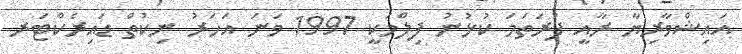
އައިޝްވާރިޔާ ރާއީ ފުރަތަމަ ކުޅުނު ފިލްމަކީ 1997 ވަނަ އަހަރު ނިކުތް ޑައިރެކްޓަރ